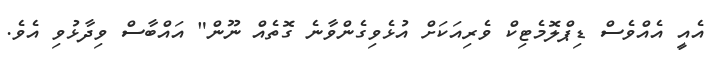
އެއީ އެއްވެސް ޑިޕްލޮމެޓިކް ވެރިއަކަށް އުޅެވިގެންވާނެ ގޮތެއް ނޫން" އައްބާސް ވިދާޅުވި އެވެ.